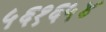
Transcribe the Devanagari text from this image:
५६१६५४